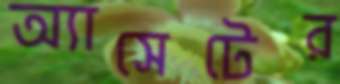
অ্যাসেটের